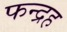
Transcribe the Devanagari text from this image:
फन्द्रह